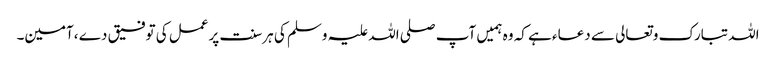
اللہ تبارک وتعالی سے دعاء ہے کہ وہ ہمیں آپ صلی اللہ علیہ وسلم کی ہرسنت پرعمل کی توفیق دے ،آمین۔